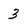
Character: 3